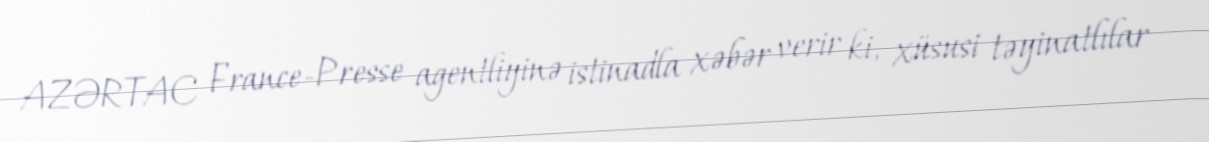
AZƏRTAC France-Presse agentliyinə istinadla xəbər verir ki, xüsusi təyinatlılar